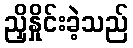
ညှိနှိုင်းခဲ့သည်